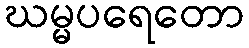
ဃမ္မပရေတော